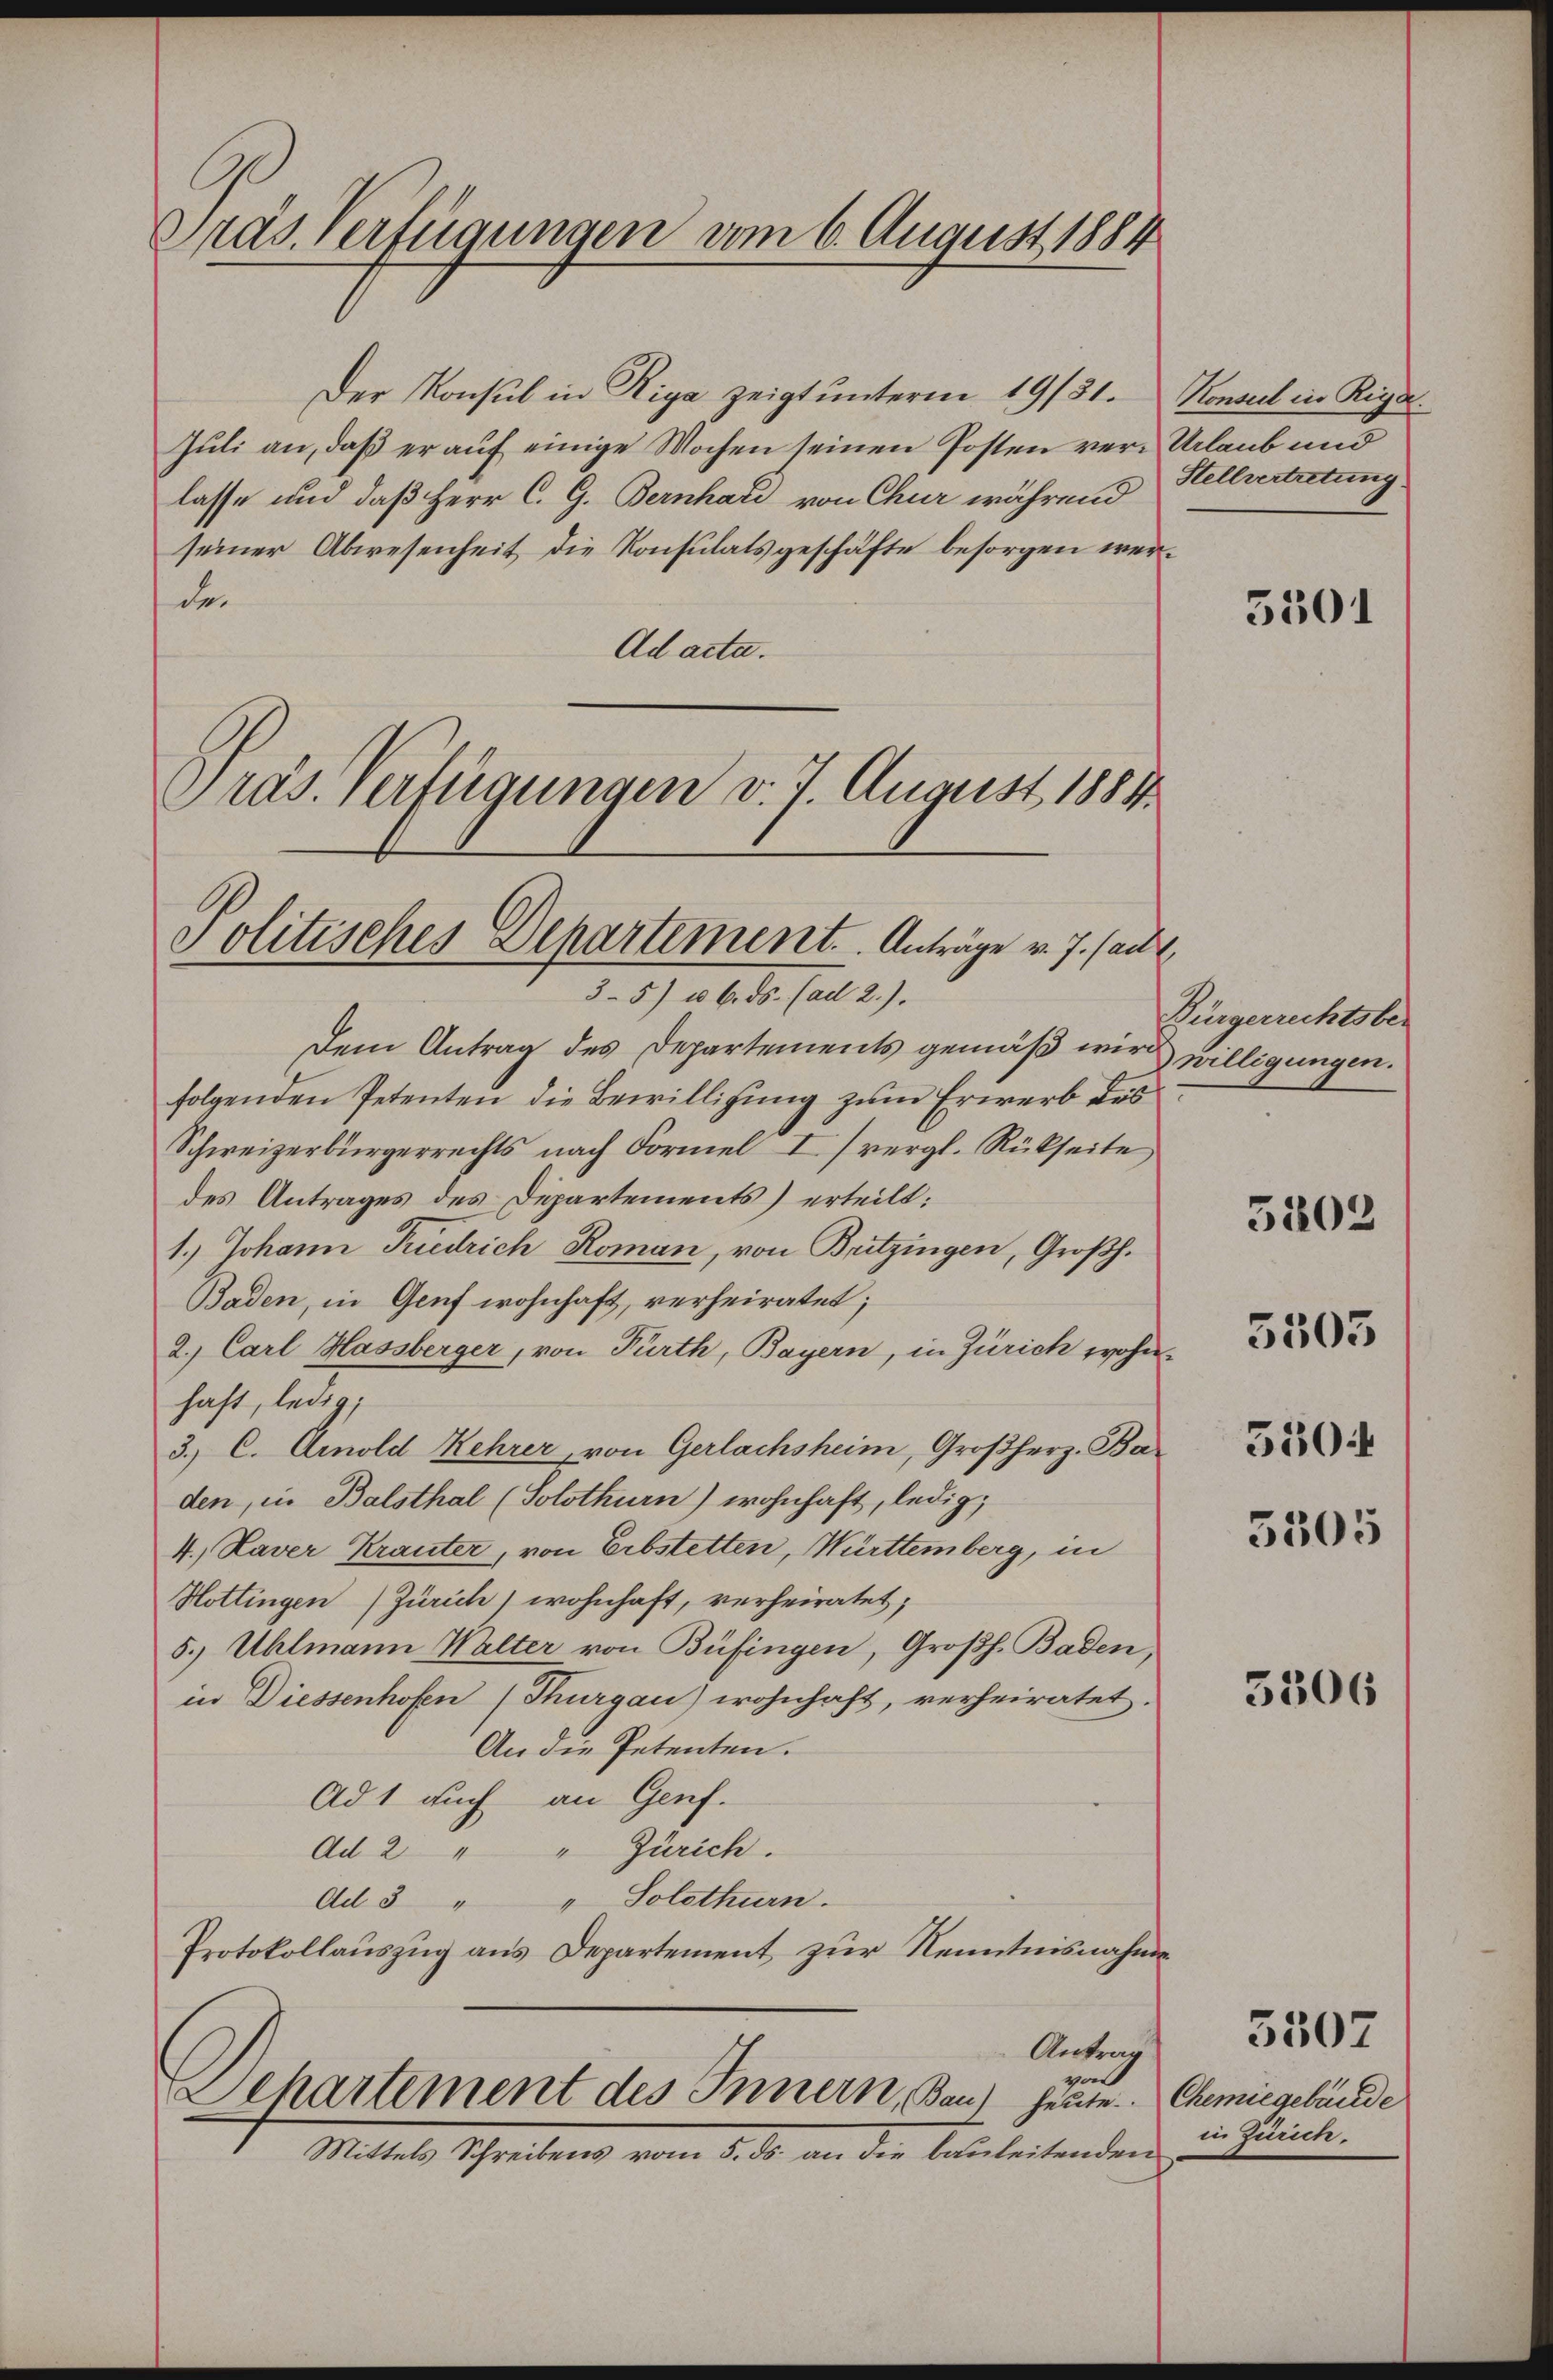
Pras. Verfügungen vom 6. August 1884

Politisches Departement. Anträge v. J. sandt,

Der Konsul in Riga zeigt unterm 19/31.
Juli an, daß er auf einige Wochen seinen Posten ver-Urlaub und
lasse und daß Herr C. G. Bernhard von Chur während
seiner Abwesenheit die Konsulatsgeschäfte besorgen werde.
Ad acta.
Pras. Verfügungen v. 7. August 1884

35) u 6. ds. (ad 2.).
Dem Antrag des Departements gemäß wird willigungen.
folgenden Petenten die Bewilligung zum Erwerb des
Schweizerbürgerrechts nach Formel I (vergl. Rückseite
des Antrages des Departements) erteilt:
1.) Johann Friedrich Roman, von Britzingen, Großh.
Baden, in Genf wohnhaft, verheiratet;
2.) Carl Hassberger, von Fürth, Bayern, in Zürich wohnhaft, ledig,
3. C. Arnold Kehrer, von Gerlachsheim, Großherz. Baden, in Balsthal (Solothurn) wohnhaft, ledig,
4. Laver Krauter, von Erbstetten, Württemberg, in
Hottingen (Zürich) wohnhaft, verheiratet;
5. Uhlmann Walter von Büfingen, Großh. Baden,
in Diessenhofen (Thurgau) wohnhaft, verheiratet.
An die Petenten.
Ad 1 auch an Genf.
Ad 2 " " Zürich.
Ad 3 " " Solothurn.
Protokollauszug aus Departement zur Kenntnisnahme
Antrag
val
Departement des Innern, Bau) heute. Chemie gebäude
Mittels Schreibens vom 5. ds. an die bauleitenden

Konseil in Riga
Stellvertretung

3501

Bürgerrechtsber

5402

5505

550:
5305

5306

in Zürich.

5307